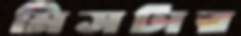
মিসটার